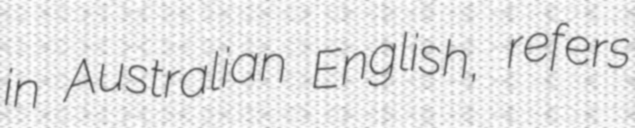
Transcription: in Australian English, refers